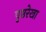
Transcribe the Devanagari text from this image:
पृष्ठरेखा